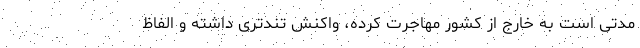
مدتی است به خارج از کشور مهاجرت کرده، واکنش تندتری داشته و الفاظ